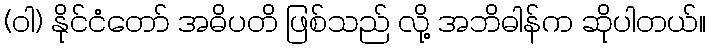
(ဝါ) နိုင်ငံတော် အဓိပတိ ဖြစ်သည် လို့ အဘိဓါန်က ဆိုပါတယ်။